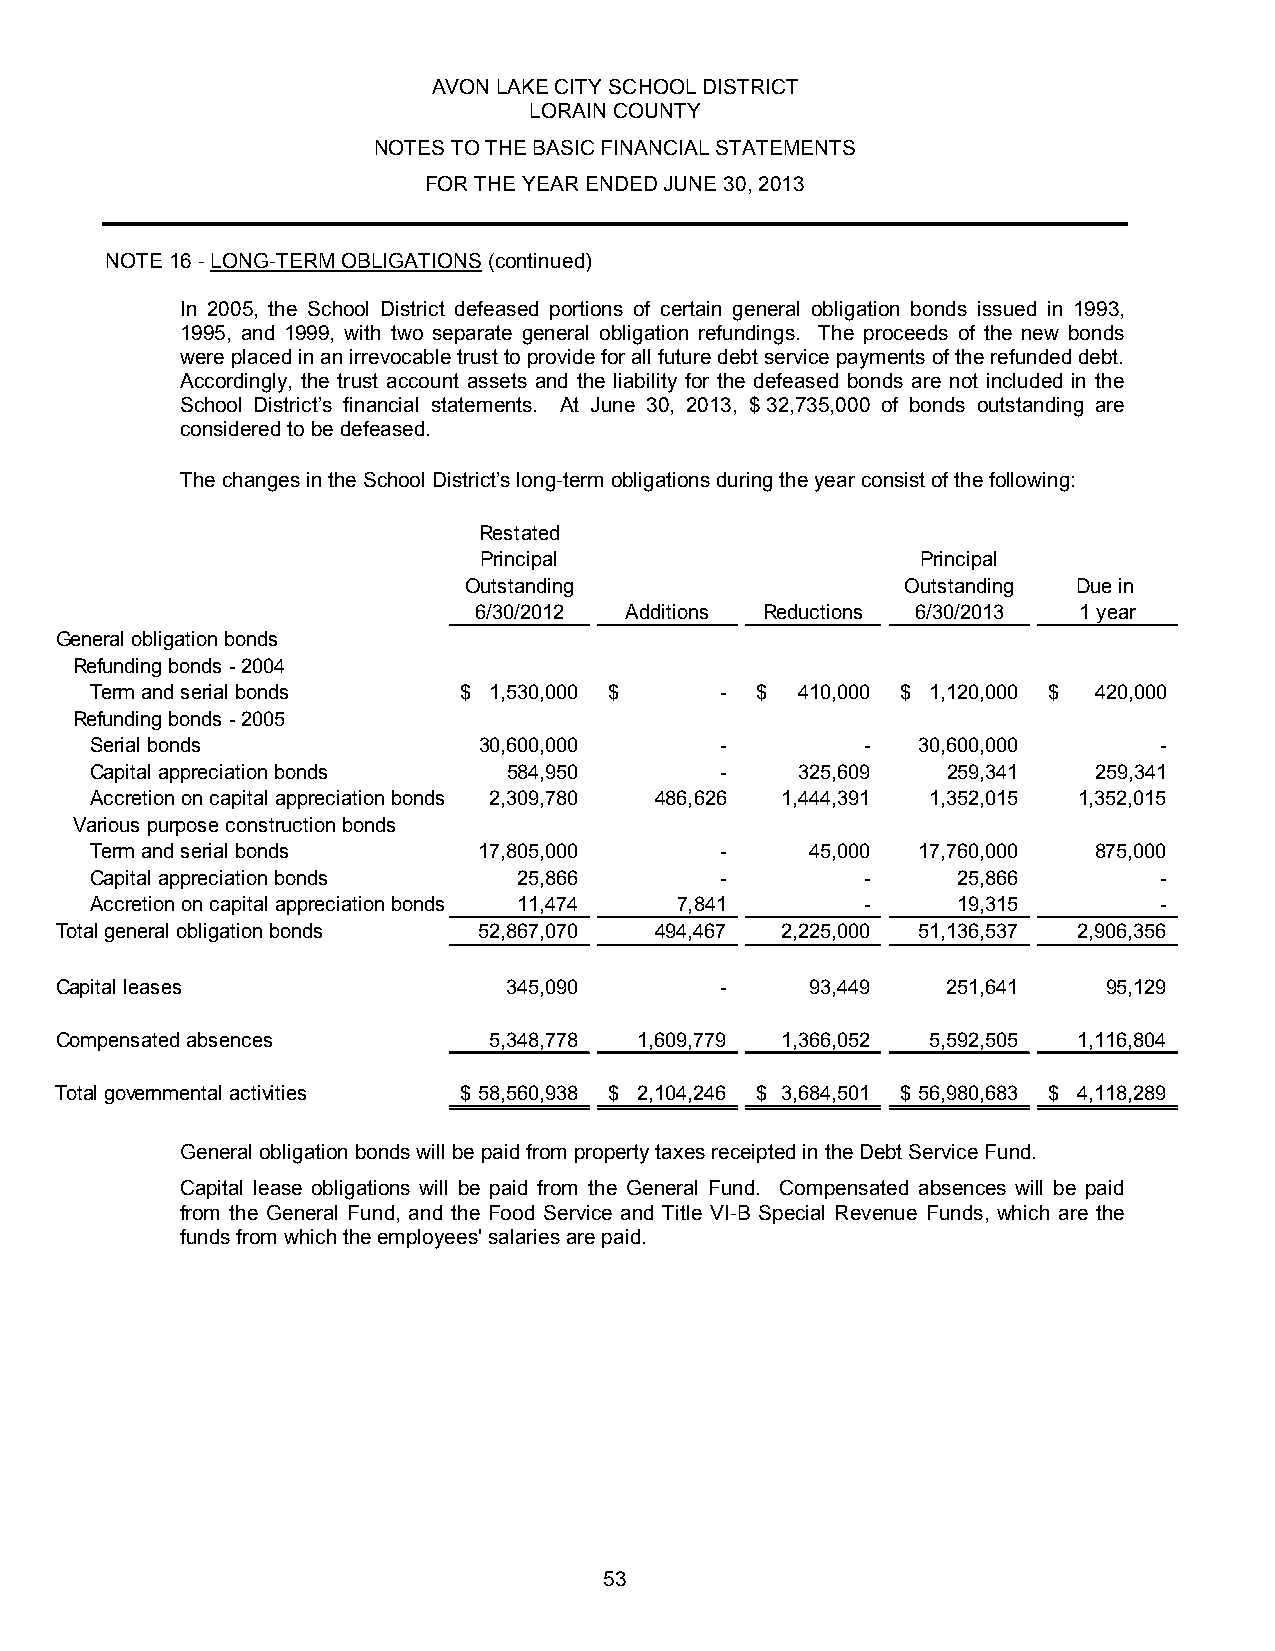
AVON LAKE CITY SCHOOL DISTRICT
 LORAIN COUNTY
 NOTES TO THE BASIC FINANCIAL STATEMENTS
 FOR THE YEAR ENDED JUNE 30, 2013
 NOTE 16 - LONG-TERM OBLIGATIONS (continued)
 In 2005, the School District defeased portions of certain general obligation bonds issued in 1993,
 1995, and 1999, with two separate general obligation refundings. The proceeds of the new bonds
 were placed in an irrevocable trust to provide for all future debt service payments of the refunded debt.
 Accordingly, the trust account assets and the liability for the defeased bonds are not included in the
 School District’s financial statements. At June 30, 2013, $ 32,735,000 of bonds outstanding are
 considered to be defeased.
 The changes in the School District’s long-term obligations during the year consist of the following:
 Restated
 Principal                    Principal
 Outstanding                  Outstanding Due in
 6/30/2012 Additions Reductions 6/30/2013 1 year
 General obligation bonds
 Refunding bonds - 2004
 Term and serial bonds   $ 1 ,530,000 $    - $  4 10,000 $ 1 ,120,000 $ 420,000
 Refunding bo nds - 2005
 Serial bon ds             3 0,600,000     -        -   3 0,600,000     -
 Capital ap preciation bonds 584,950       -    325,609   259,341  259,341
 Accretion on capital appreciation bonds 2,309,780 486,626 1 ,444,391 1,352,015 1,352,015
 Various purpose construction bonds
 Term and serial bonds     1 7,805,000     -     45,000 1 7,760,000 875,000
 Capital appreciation bonds  25,866        -        -     25,866        -
 Accretion on capital appreciation bonds 11,474 7 ,841 -  19,315        -
 Total general o bligation bonds 5 2,867,070 494,467 2 ,225,000 5 1,136,537 2,906,356
 Capital leases                345,090       -     93,449   251,641   95,129
 Compensated absences        5,348,778 1,609,779 1 ,366,052 5,592,505 1,116,804
 Total governmental activities $ 58,560,938 $ 2 ,104,246 $ 3,684,501 $ 56,980,683 $ 4 ,118,289
 General obligation bonds will be paid from property taxes receipted in the Debt Service Fund.
 Capital lease obligations will be paid from the General Fund. Compensated absences will be paid
 from the General Fund, and the Food Service and Title VI-B Special Revenue Funds, which are the
 funds from which the employees' salaries are paid.
 53